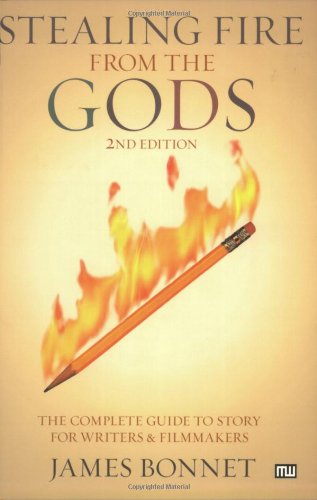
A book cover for Stealing Fire from the Gods: The Complete Guide to Story for Writers and Filmmakers, 2nd Edition; James Bonnet; Humor & Entertainment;